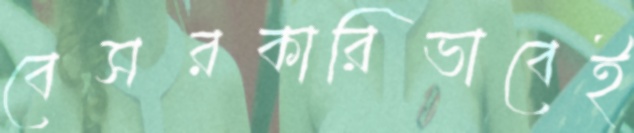
বেসরকারিভাবেই